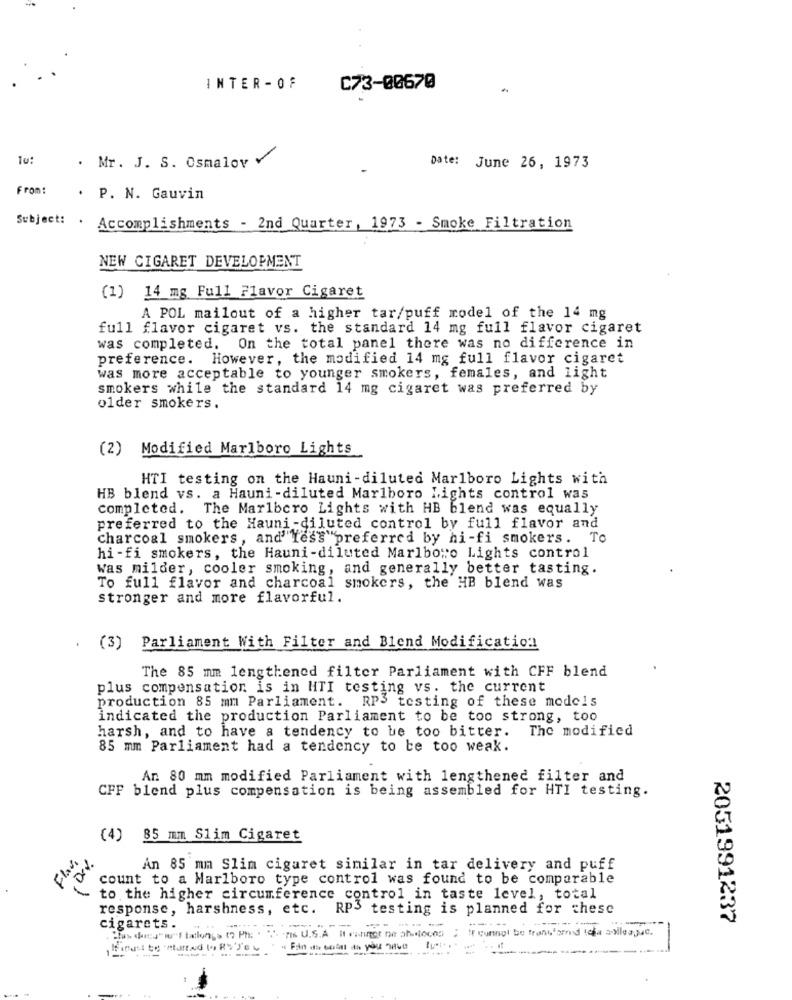
INTER - OF
C73-00670
. Mr. J. S. Osmaloy Y
Date: June 26, 1973
From:
. P. N. Gauvin
Subject: . Accomplishments - 2nd Quarter, 1973 - Smoke Filtration
NEW CIGARET DEVELOPMENT
(1) 14 mg Full Flavor Cigaret
A POL mailout of a higher tar/puff model of the 14 mg
full flavor cigaret vs. the standard 14 mg full flavor cigaret
was completed. On the total panel there was no difference in
preference. However, the modified 14 mg full flavor cigaret
was more acceptable to younger smokers, females, and light
smokers while the standard 14 mg cigaret was preferred by
older smokers.
(2) Modified Marlboro Lights
HTI testing on the Hauni-diluted Marlboro Lights with
HB blend vs. a Hauni-diluted Marlboro Lights control was
completed. The Marlboro Lights with HB blend was equally
preferred to the Hauni -diluted control by full flavor and
charcoal smokers, and' less"preferred by hi-fi smokers. To
hi-fi smokers, the Hauni-diluted Marlboro Lights control
was milder, cooler smoking, and generally better tasting.
To full flavor and charcoal smokers, the HB blend was
stronger and more flavorful.
.
(3) Parliament With Filter and Blend Modification
The 85 mm lengthened filter Parliament with CFF blend
plus compensation is in HTI testing vs. the current
production 85 mm Parliament. RP3 testing of these models
indicated the production Parliament to be too strong, too
harsh, and to have a tendency to be too bitter.
The modified
85 mm Parliament had a tendency to be too weak.
Ar. 80 mm modified Parliament with lengthened filter and
CFF blend plus compensation is being assembled for HTI testing.
(4) 85 mm Slim Cigaret
Flavi
Dev.
An 85 mm Slim cigaret similar in tar delivery and puff
count to a Marlboro type control was found to be comparable
to the higher circumference control in taste level, total
response, harshness, etc.
RP3 testing is planned for chese
2051991237
cigarets.
.FIS U.S.A It cannot ne phantocon ; I cunnot be frans'
--